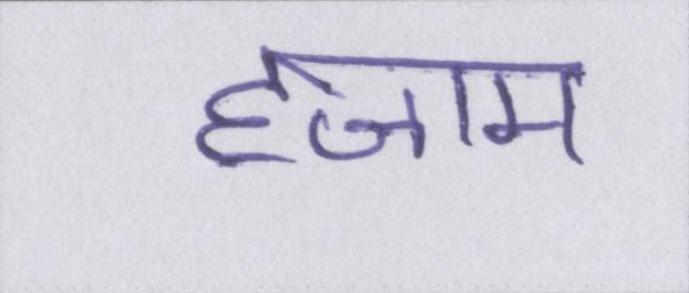
हजाम